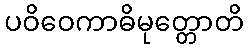
ပဝိဝေကာဓိမုတ္တောတိ